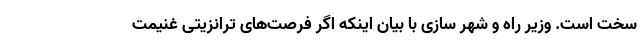
سخت است. وزیر راه و شهر سازی با بیان اینکه اگر فرصت‌های ترانزیتی غنیمت